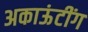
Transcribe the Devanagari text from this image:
अकाऊंटींग